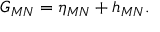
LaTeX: G _ { M N } = \eta _ { M N } + h _ { M N } .